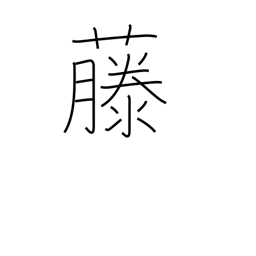
Meaning: wisteria